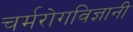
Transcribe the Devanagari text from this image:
चर्मरोगविज्ञानी